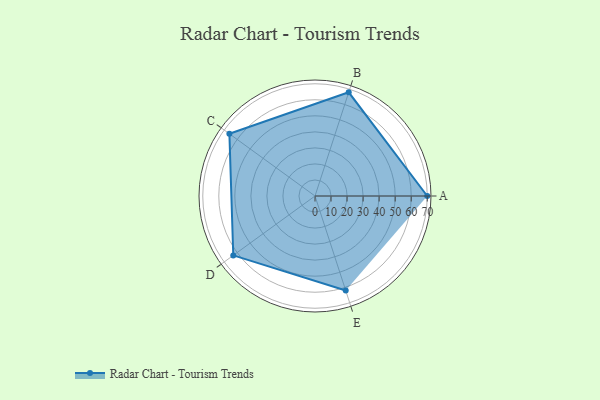
{"axis": {"x": "Skill", "y": "Score"}, "legend": ["Profile"], "data": [{"x": "A", "y": 70.0, "type": "Profile"}, {"x": "B", "y": 68.0, "type": "Profile"}, {"x": "C", "y": 66.0, "type": "Profile"}, {"x": "D", "y": 63.0, "type": "Profile"}, {"x": "E", "y": 62.0, "type": "Profile"}]}